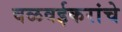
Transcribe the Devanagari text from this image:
वळवईकरांचे